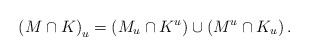
LaTeX: \begin{align*}\left( M\cap K\right) _{u}=\left( M_{u}\cap K^{u}\right) \cup\left(M^{u}\cap K_{u}\right) .\end{align*}